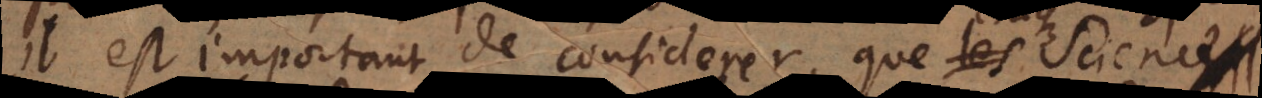
il est important de considerer que chaque Science